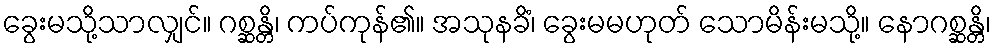
ခွေးမသို့သာလျှင်။ ဂစ္ဆန္တိ၊ ကပ်ကုန်၏။ အသုနခိံ၊ ခွေးမမဟုတ် သောမိန်းမသို့။ နောဂစ္ဆန္တိ၊